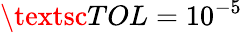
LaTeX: \textsc{TOL}=10^{-5}